Vaccination United Provinces of Agra and Oudh 1902-1913 - 1902-1913
Year: 1902
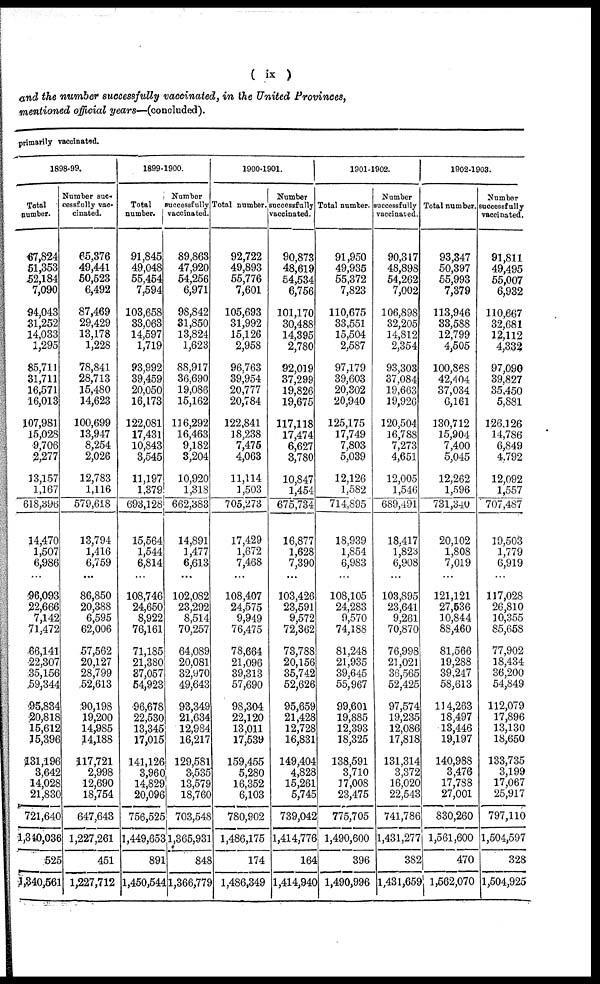
( ix )
and the number successfully vaccinated, in the United Provinces,
mentioned official years—(concluded).
primarily vaccinated.
1898-99.
Total
number.
67,824
51,353
52,184
7,090
94,043
31,252
14,033
1,295
85,711
31,711
16,571
16,013
107,981
15,028
9,706
2,277
13,157
1,167
618,396
14,470
1,507
6,986
...
96,093
22,666
7,142
71,472
66,141
22,307
35,156
59,344
95,834
20,818
15,612
15,396
131,196
3,642
14,028
21,830
721,640
1,340,036
525
1,340,561
Number suc-
cessfully vac-
cinated.
65,376
49,441
50,523
6,492
87,469
29,429
13,178
1,228
78,841
28,713
15,480
14,623
100,699
13,947
8,254
2,026
12,783
1,116
579,618
13,794
1,416
6,759
...
86,850
20,388
6,595
62,006
57,562
20,127
28,799
52,613
90,198
19,200
14,985
14,188
117,721
2,998
12,690
18,754
647,643
1,227,261
451
1,227,712
1899-1900.
Total
number.
91,845
49,048
55,454
7,594
103,658
33,063
14,597
1,719
93,992
39,459
20,050
16,173
122,081
17,431
10,843
3,545
11,197
1,379
693,128
15,564
1,544
6,814
...
108,746
24,650
8,922
76,161
71,185
21,380
37,057
54,923
96,678
22,530
13,345
17,015
141,126
3,960
14,829
20,096
756,525
1,449,653
891
1,450,544
Number
successfully
vaccinated.
89,863
47,920
54,256
6,971
98,842
31,850
13,824
1,623
88,917
36,690
19,086
15,162
116,292
16,463
9,182
3,204
10,920
1,318
662,383
14,891
1,477
6,613
...
102,082
23,292
8,514
70,257
64,089
20,081
32,970
49,643
93,349
21,634
12,984
16,217
129,581
3,535
13,579
18,760
703,548
1,365,931
848
1,366,779
1900-1901.
Total number.
92,722
49,893
55,776
7,601
105,693
31,992
15,126
2,958
96,763
39,954
20,777
20,784
122,841
18,238
7,475
4,063
11,114
1,503
705,273
17,429
1,672
7,468
...
108,407
24,575
9,949
76,475
78,664
21,096
39,313
57,690
98,304
22,120
13,011
17,539
159,455
5,280
16,352
6,103
780,902
1,486,175
174
1,486,349
Number
successfully
vaccinated.
90,873
48,619
54,534
6,756
101,170
30,488
14,395
2,780
92,019
37,299
19,826
19,675
117,118
17,474
6,627
3,780
10,847
1,454
675,734
16,877
1,628
7,390
...
103,426
23,591
9,572
72,362
73,788
20,156
35,742
52,626
95,659
21,428
12,728
16,831
149,404
4,828
15,261
5,745
739,042
1,414,776
164
1,414,940
1901-1902.
Total number.
91,950
49,935
55,372
7,823
110,675
33,551
15,504
2,587
97,179
39,603
20,302
20,940
125,175
17,749
7,803
5,039
12,126
1,582
714,895
18,939
1,854
6,983
...
108,105
24,283
9,570
74,188
81,248
21,935
39,645
55,967
99,601
19,885
12,393
18,325
138,591
3,710
17,008
23,475
775,705
1,490,600
396
1,490,996
Number
successfully
vaccinated.
90,317
48,898
54,262
7,002
106,898
32,205
14,812
2,354
93,303
37,084
19,663
19,926
120,504
16,788
7,273
4,651
12,005
1,546
689,491
18,417
1,823
6,908
...
103,895
23,641
9,261
70,870
76,998
21,021
36,565
52,425
97,574
19,235
12,086
17,818
131,314
3,372
16,020
22,543
741,786
1,431,277
382
1,431,659
1902-1903.
Total number.
93,347
50,397
55,993
7,379
113,946
33,588
12,799
4,505
100,868
42,404
37,034
6,161
130,712
15,904
7,400
5,045
12,262
1,596
731,340
20,102
1,808
7,019
...
121,121
27,536
10,844
88,460
81,566
19,288
39,247
58,613
114,263
18,497
13,446
19,197
140,988
3,476
17,788
27,001
830,260
1,561,600
470
1,562,070
Number
successfully
vaccinated.
91,811
49,495
55,007
6,932
110,667
32,681
12,112
4,332
97,090
39,827
35,450
5,881
126,126
14,786
6,849
4,792
12,092
1,557
707,487
19,503
1,779
6,919
...
117,028
26,810
10,355
85,658
77,902
18,434
36,200
54,849
112,079
17,896
13,130
18,650
133,735
3,199
17,067
25,917
797,110
1,504,597
328
1,504,925